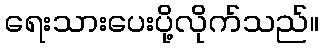
ရေးသားပေးပို့လိုက်သည်။